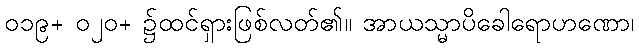
၀၁၉+ ၀၂၀+ ၌ထင်ရှားဖြစ်လတ်၏။ အာယသ္မာပိခေါရောဟဏော၊